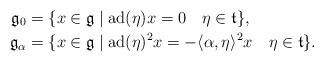
LaTeX: \begin{align*}\mathfrak{g}_0&=\{x \in \mathfrak{g} \mid \operatorname{ad}(\eta) x = 0 \ \ \ \eta \in \mathfrak{t} \},\\\mathfrak{g}_\alpha&=\{x \in \mathfrak{g} \mid \operatorname{ad}(\eta)^2 x = - \langle \alpha, \eta \rangle ^2 x \ \ \ \eta \in \mathfrak{t} \}.\end{align*}